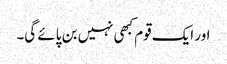
اور ایک قوم کبھی نہیں بن پائے گی۔